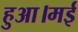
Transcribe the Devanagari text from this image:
हुआ।मई